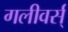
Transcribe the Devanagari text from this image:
गलीवर्स्